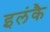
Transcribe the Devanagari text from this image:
इलंकै